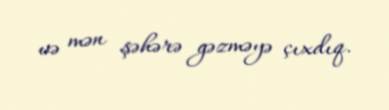
və mən şəhərə gəzməyə çıxdıq.